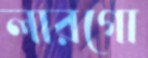
লারগো